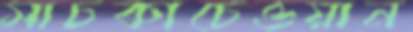
সাচকাচেওয়ান